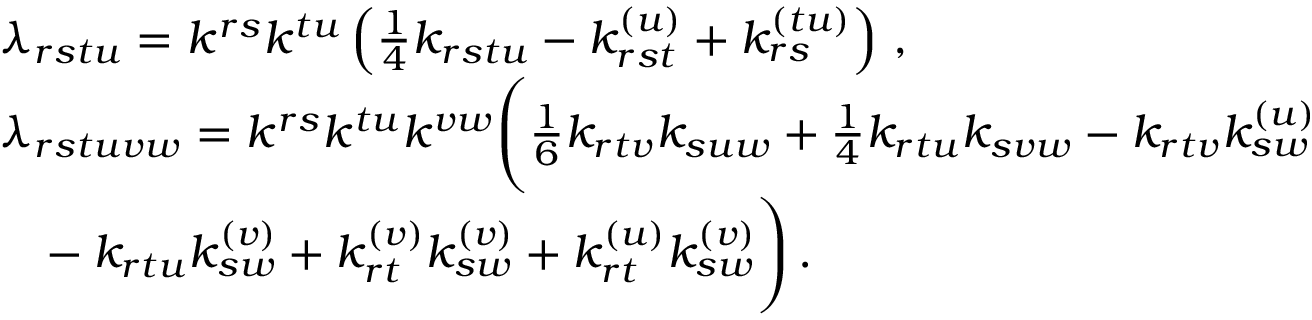
\begin{array} { r l } & { \lambda _ { r s t u } = k ^ { r s } k ^ { t u } \left( \frac { 1 } { 4 } k _ { r s t u } - k _ { r s t } ^ { ( u ) } + k _ { r s } ^ { ( t u ) } \right) \, , } \\ & { \lambda _ { r s t u v w } = k ^ { r s } k ^ { t u } k ^ { v w } \Bigg ( \frac { 1 } { 6 } k _ { r t v } k _ { s u w } + \frac { 1 } { 4 } k _ { r t u } k _ { s v w } - k _ { r t v } k _ { s w } ^ { ( u ) } } \\ & { \phantom { = } - k _ { r t u } k _ { s w } ^ { ( v ) } + k _ { r t } ^ { ( v ) } k _ { s w } ^ { ( v ) } + k _ { r t } ^ { ( u ) } k _ { s w } ^ { ( v ) } \Bigg ) \, . } \end{array}